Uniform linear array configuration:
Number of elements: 24
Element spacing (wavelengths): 0.25
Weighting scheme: cosine
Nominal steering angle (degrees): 30
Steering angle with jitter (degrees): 28.697
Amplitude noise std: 0.05
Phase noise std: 0.05

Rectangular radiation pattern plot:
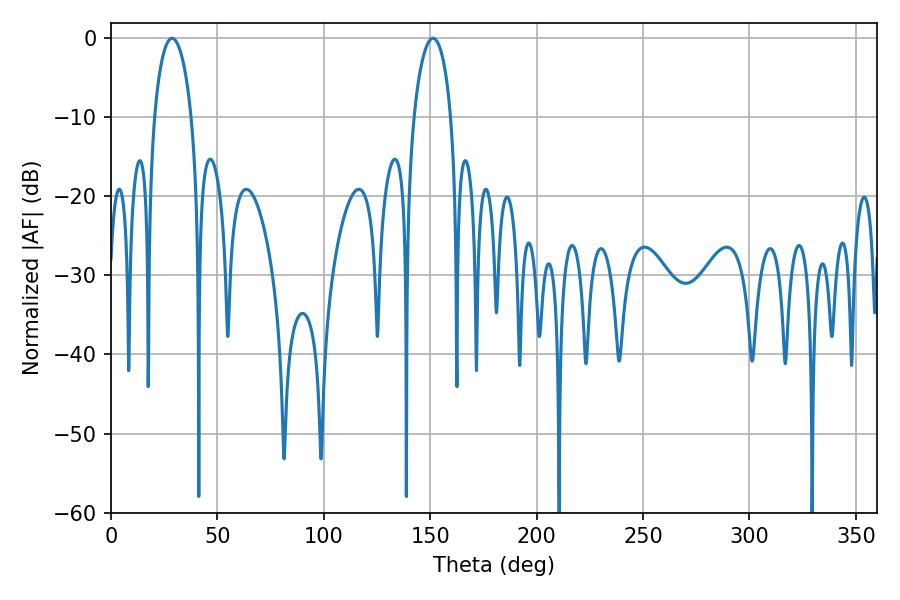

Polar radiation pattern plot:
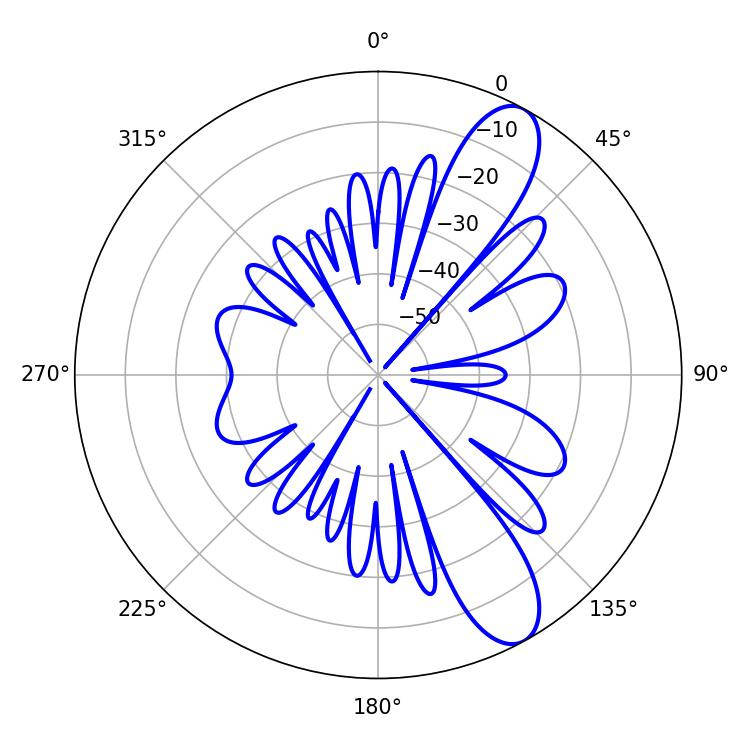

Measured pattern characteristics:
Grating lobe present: FALSE
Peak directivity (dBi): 10.383
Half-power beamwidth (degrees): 10.08
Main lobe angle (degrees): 28.62